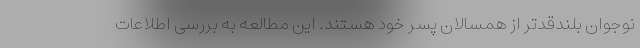
نوجوان بلندقد‌تر از همسالان پسر خود هستند. این مطالعه به بررسی اطلاعات